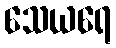
သေယရေ